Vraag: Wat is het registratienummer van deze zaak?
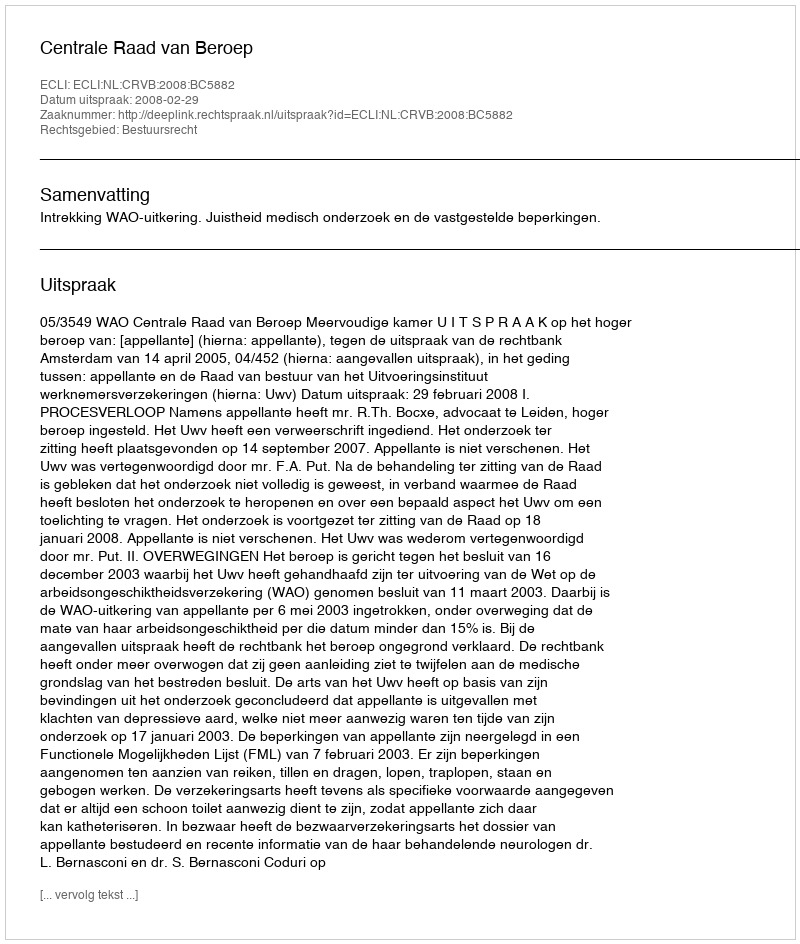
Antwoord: http://deeplink.rechtspraak.nl/uitspraak?id=ECLI:NL:CRVB:2008:BC5882